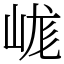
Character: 㟌